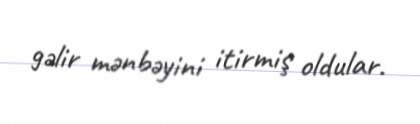
gəlir mənbəyini itirmiş oldular.